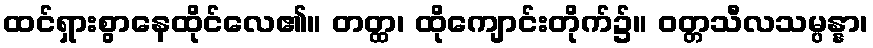
ထင်ရှားစွာနေထိုင်လေ၏။ တတ္ထ၊ ထိုကျောင်းတိုက်၌။ ဝတ္တသီလသမ္ပန္နာ၊